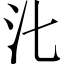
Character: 㲺